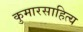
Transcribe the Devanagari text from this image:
कुमारसाहित्य